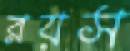
রয়স